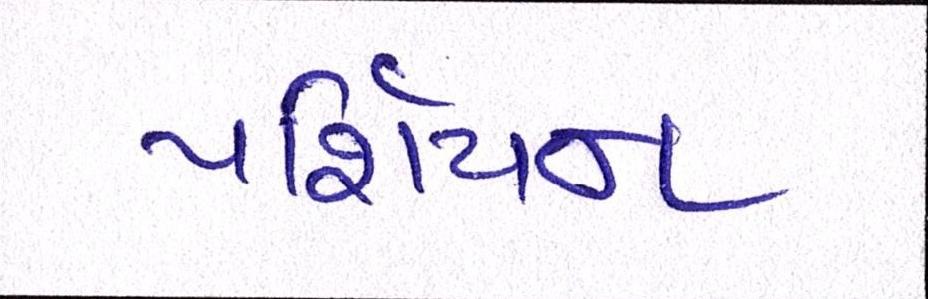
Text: પર્શિયન